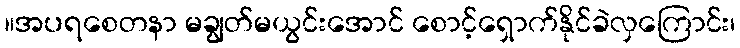
။အပရစေတနာ မချွတ်မယွင်းအောင် စောင့်ရှောက်နိုင်ခဲလှကြောင်း၊